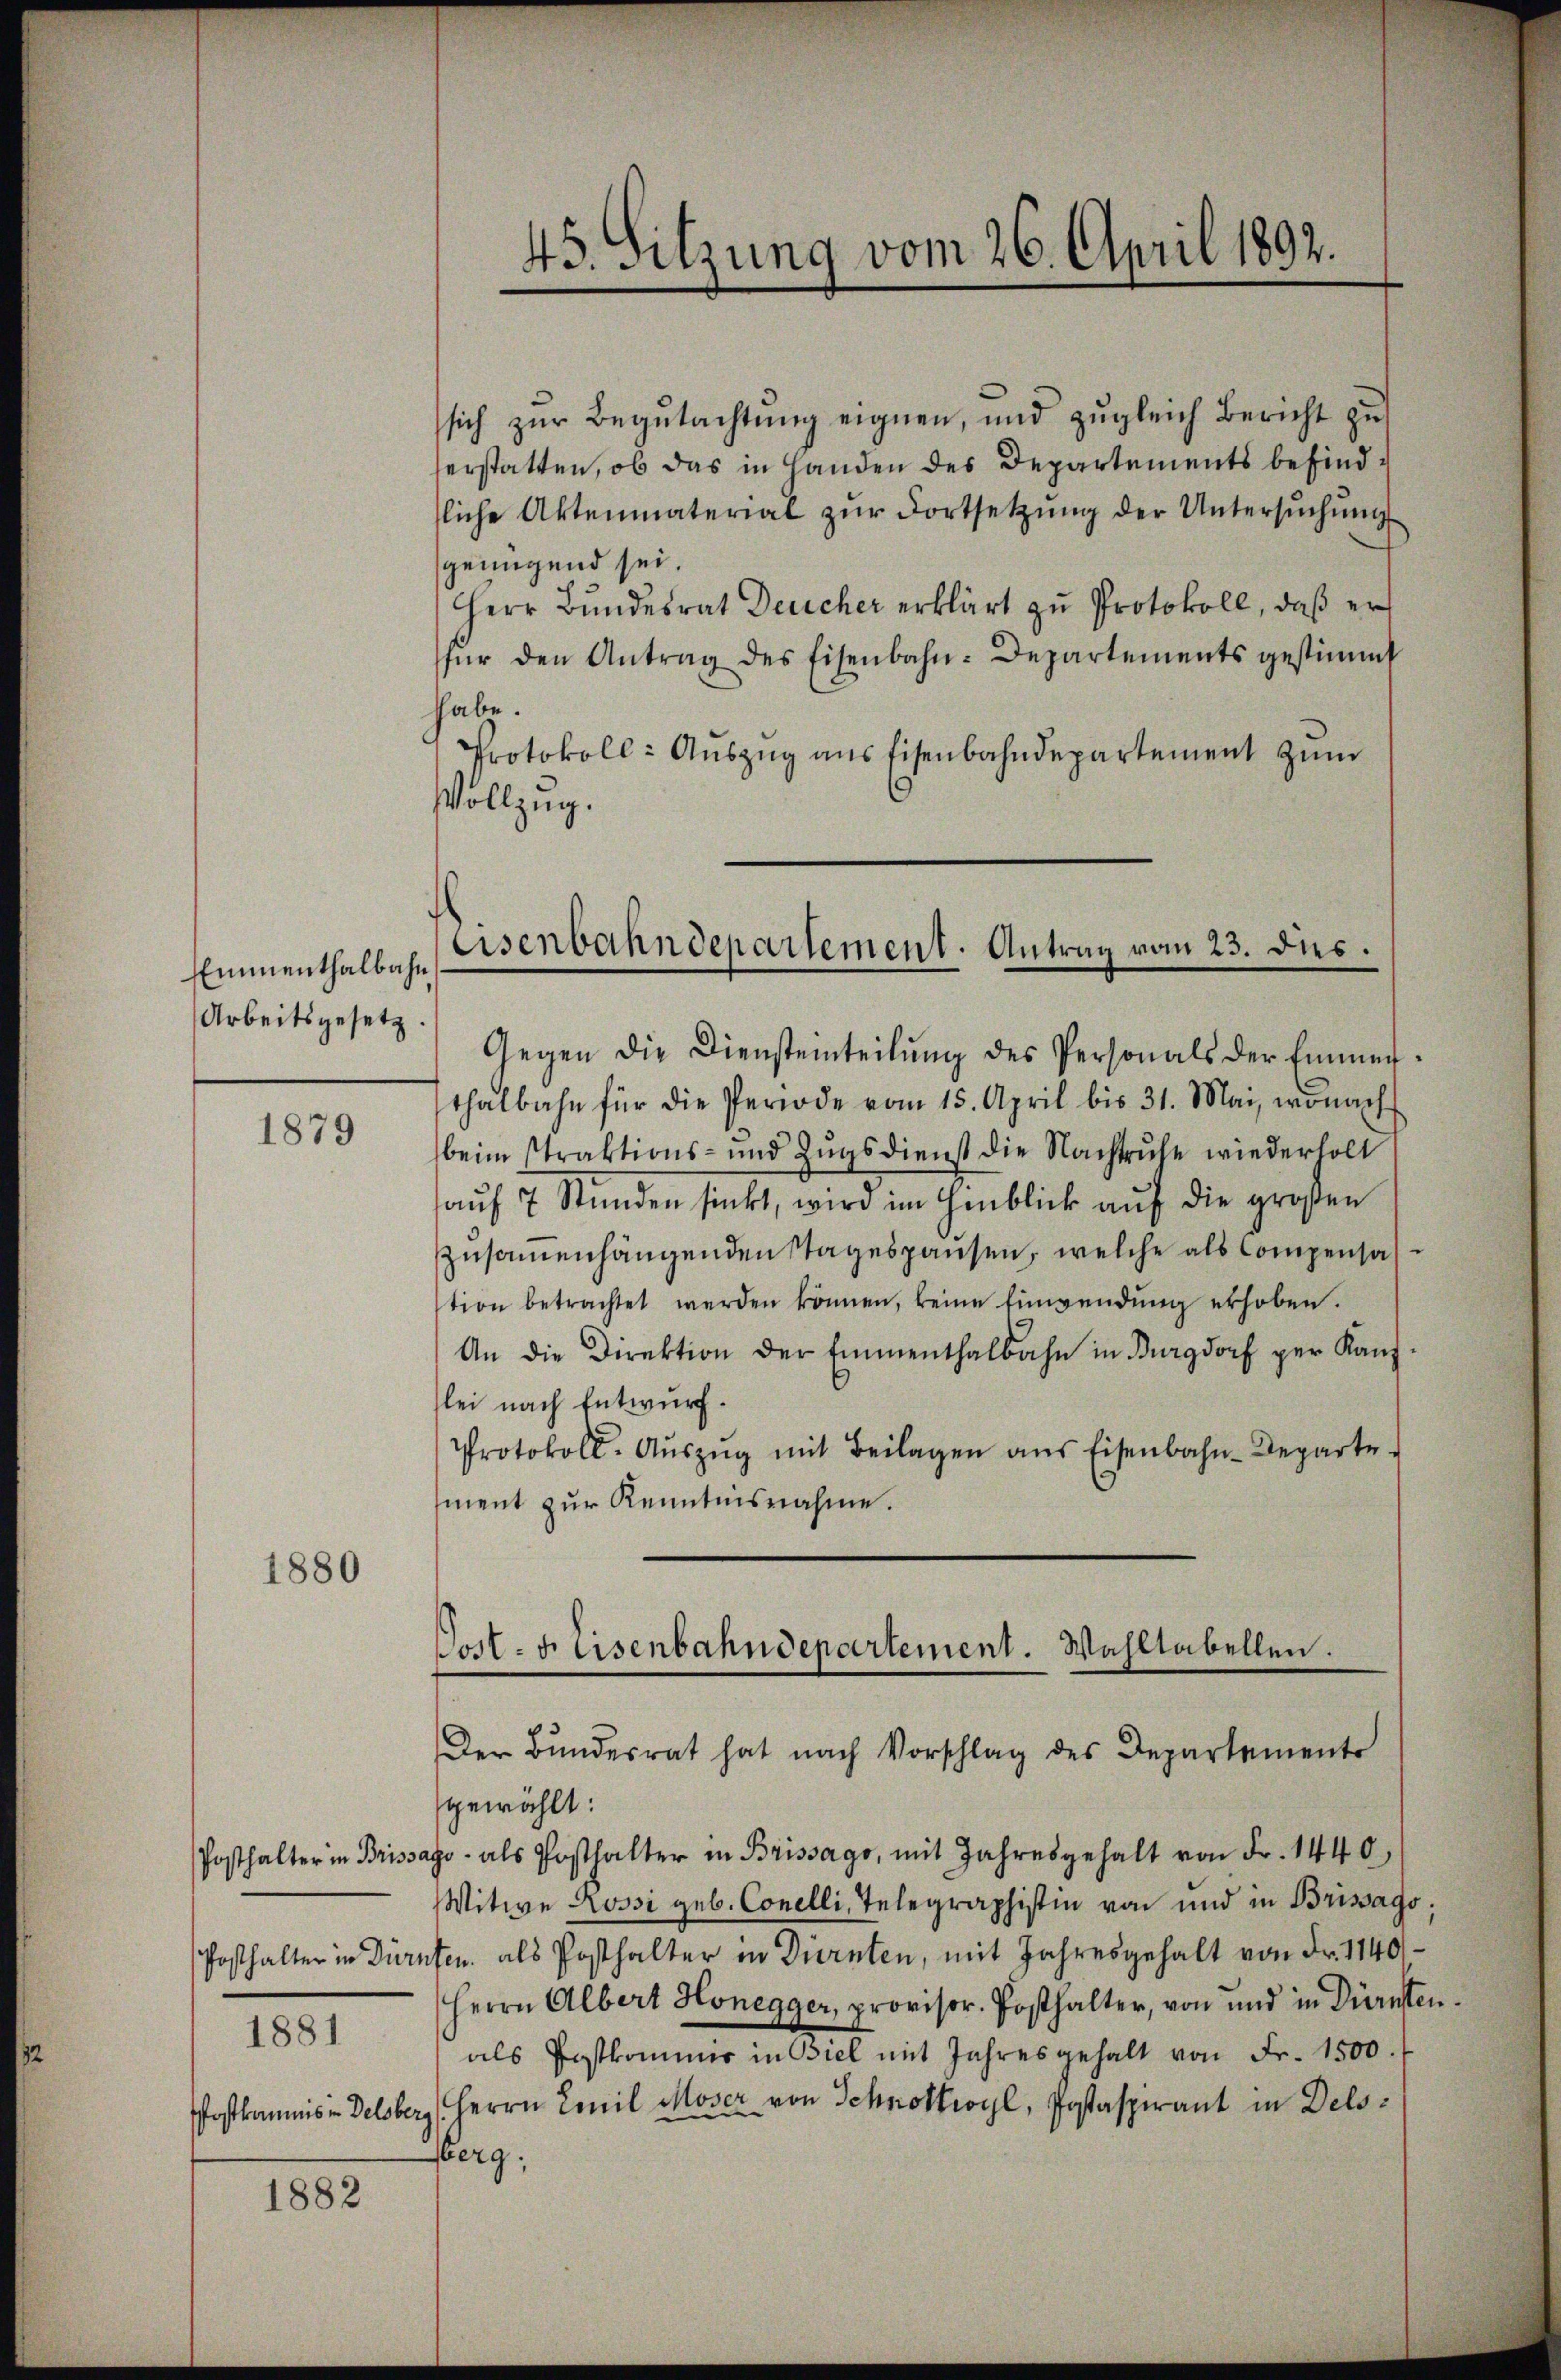
Emmenthalbahn
Arbeitsgesetz.

1879

1880

1881
Pfostkommis in Delsbe,

1882

45. Sitzung vom 26. April 1892.

sich zur Begutachtung eignen, und zugleich Bericht zu
herstatten, ob das in Handen des Departements befindliche Aktenmaterial zŭr Fortsetzŭng der Untersŭchŭng
genügend sei.
Herr Bundesrat Deucher erklärt zu Protokoll, daß er
für den Antrag des Eisenbahn-Departements gestimmt
hhabe.
Protokoll: Aŭszŭg aŭs Eisenbahndepartement zŭm
Vollzug.
Gegen die Diensteinteilŭng des Personals der Emmen
thalbahn für die Periode vom 15. April bis 31. Mai, wonach
beim straktions- und Zugsdienst die Nachtruhe wiederholt
aŭf 7 Stunden sinkt, wird im Hinblick auf die großen
zusammenhängenden Stagespausen, welche als Compensaltion betrachtet werden können, keine Einwendŭng erhoben.
An die Direktion der Emmenthalbahn in Burgdorf per Kaŭf-
lei nach Entwurf.
Protokoll-Aŭszŭg mit Beilagen aus Eisenbahn-Departe
ment zur Kenntnisnahme.
Der Bŭndesrat hat nach Vorschlag des Departements
gewählt:
Posthalter in Brissago als Posthalter in Brissago, mit Jahresgehalt von Fr. 1440,
Witwe Rossi geb. Conclli, Telegraphistin von und in Brissago,
Posthalter in Dürnten, als Posthalter in Dürnten, mit Jahresgehalt von Fr. 1140/
Herrn Albert Honegger, provisor. Posthalter, von und in Dürnter
als Postkommer in Biel mit Jahresgehalt von Fr. 1500.
g. Herrn Emil Moser von Schnottwyl, Postaspirant in Delsberg;

Eisenbahndepartement. Antrag vom 23. dus.

Post- u. Eisenbahndepartement. Wahltabellen.